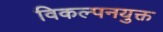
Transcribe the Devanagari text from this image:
विकल्पनयुक्त